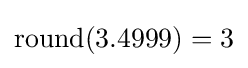
{\mbox{round}}(3.4999)=3